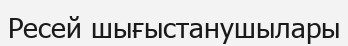
Ресей шығыстанушылары